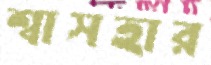
শ্বাসহার